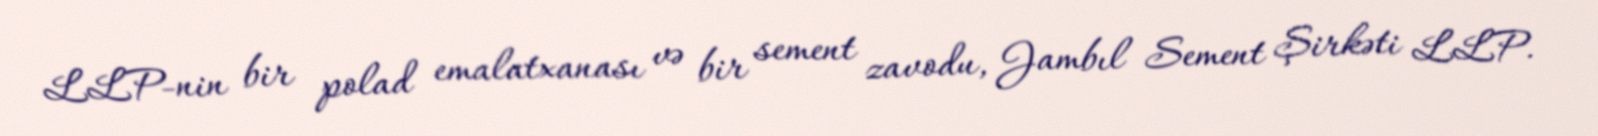
LLP-nin bir polad emalatxanası və bir sement zavodu, Jambıl Sement Şirkəti LLP.